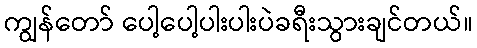
ကျွန်တော် ပေါ့ပေါ့ပါးပါးပဲခရီးသွားချင်တယ်။